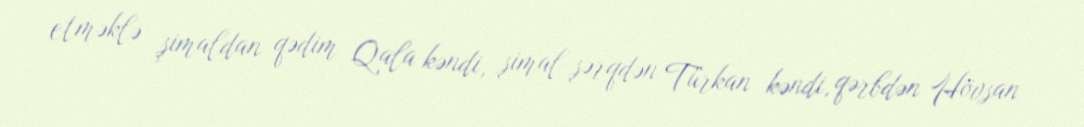
etməklə şimaldan qədim Qala kəndi, şimal-şərqdən Türkan kəndi, qərbdən Hövsan